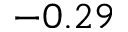
- 0 . 2 9